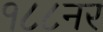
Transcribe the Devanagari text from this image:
१८८नर